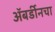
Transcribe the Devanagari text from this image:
अॅबर्डीनचा